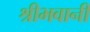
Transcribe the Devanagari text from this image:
श्रीभवानी